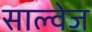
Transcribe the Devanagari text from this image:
साल्वेज